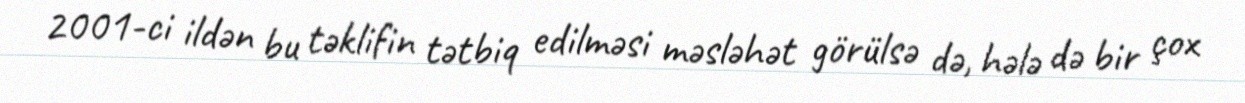
2001-ci ildən bu təklifin tətbiq edilməsi məsləhət görülsə də, hələ də bir çox